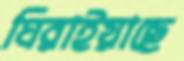
ঘিরাইয়াছে